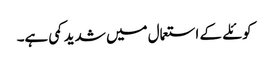
کوئلے کے استعمال میں شدید کمی ہے۔